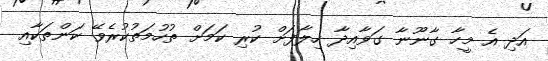
އަދި އެ މީހާ ގާނޫނާ ގަވާއިދާ ހިލާފަށް ކުރި ކަމަށް ތުހުމަތުކުރެވޭ ކަންތަކާއި